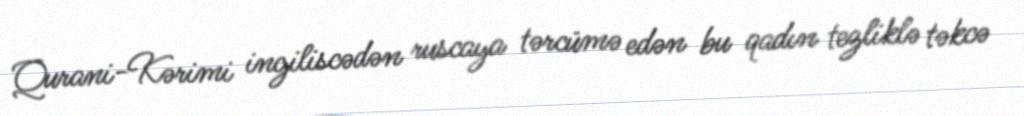
Qurani-Kərimi ingiliscədən ruscaya tərcümə edən bu qadın tezliklə təkcə